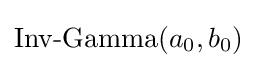
{\text{Inv-Gamma}}(a_{0},b_{0})